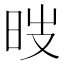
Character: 㫞